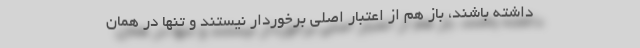
داشته باشند، باز هم از اعتبار اصلی برخوردار نیستند و تنها در همان